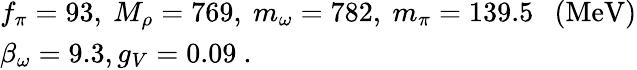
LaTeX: \begin{array}{ll}{{f_{\pi}=93,~M_{\rho}=769,~m_{\omega}=782,~m_{\pi}=139.5~~~(\mathrm{MeV})}}\\ {{\beta_{\omega}=9.3,g_{V}=0.09~.}}\end{array}